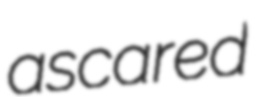
ascared